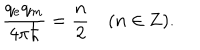
{ \frac { q _ { e } q _ { m } } { 4 \pi \hbar } } = { \frac { n } { 2 } } ( n \in { \bf Z } ) .